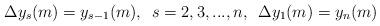
LaTeX: \begin{align*}\Delta y_s(m)=y_{s-1}(m), \enskip s=2,3,...,n, \enskip \Delta y_1(m)=y_n(m)\end{align*}